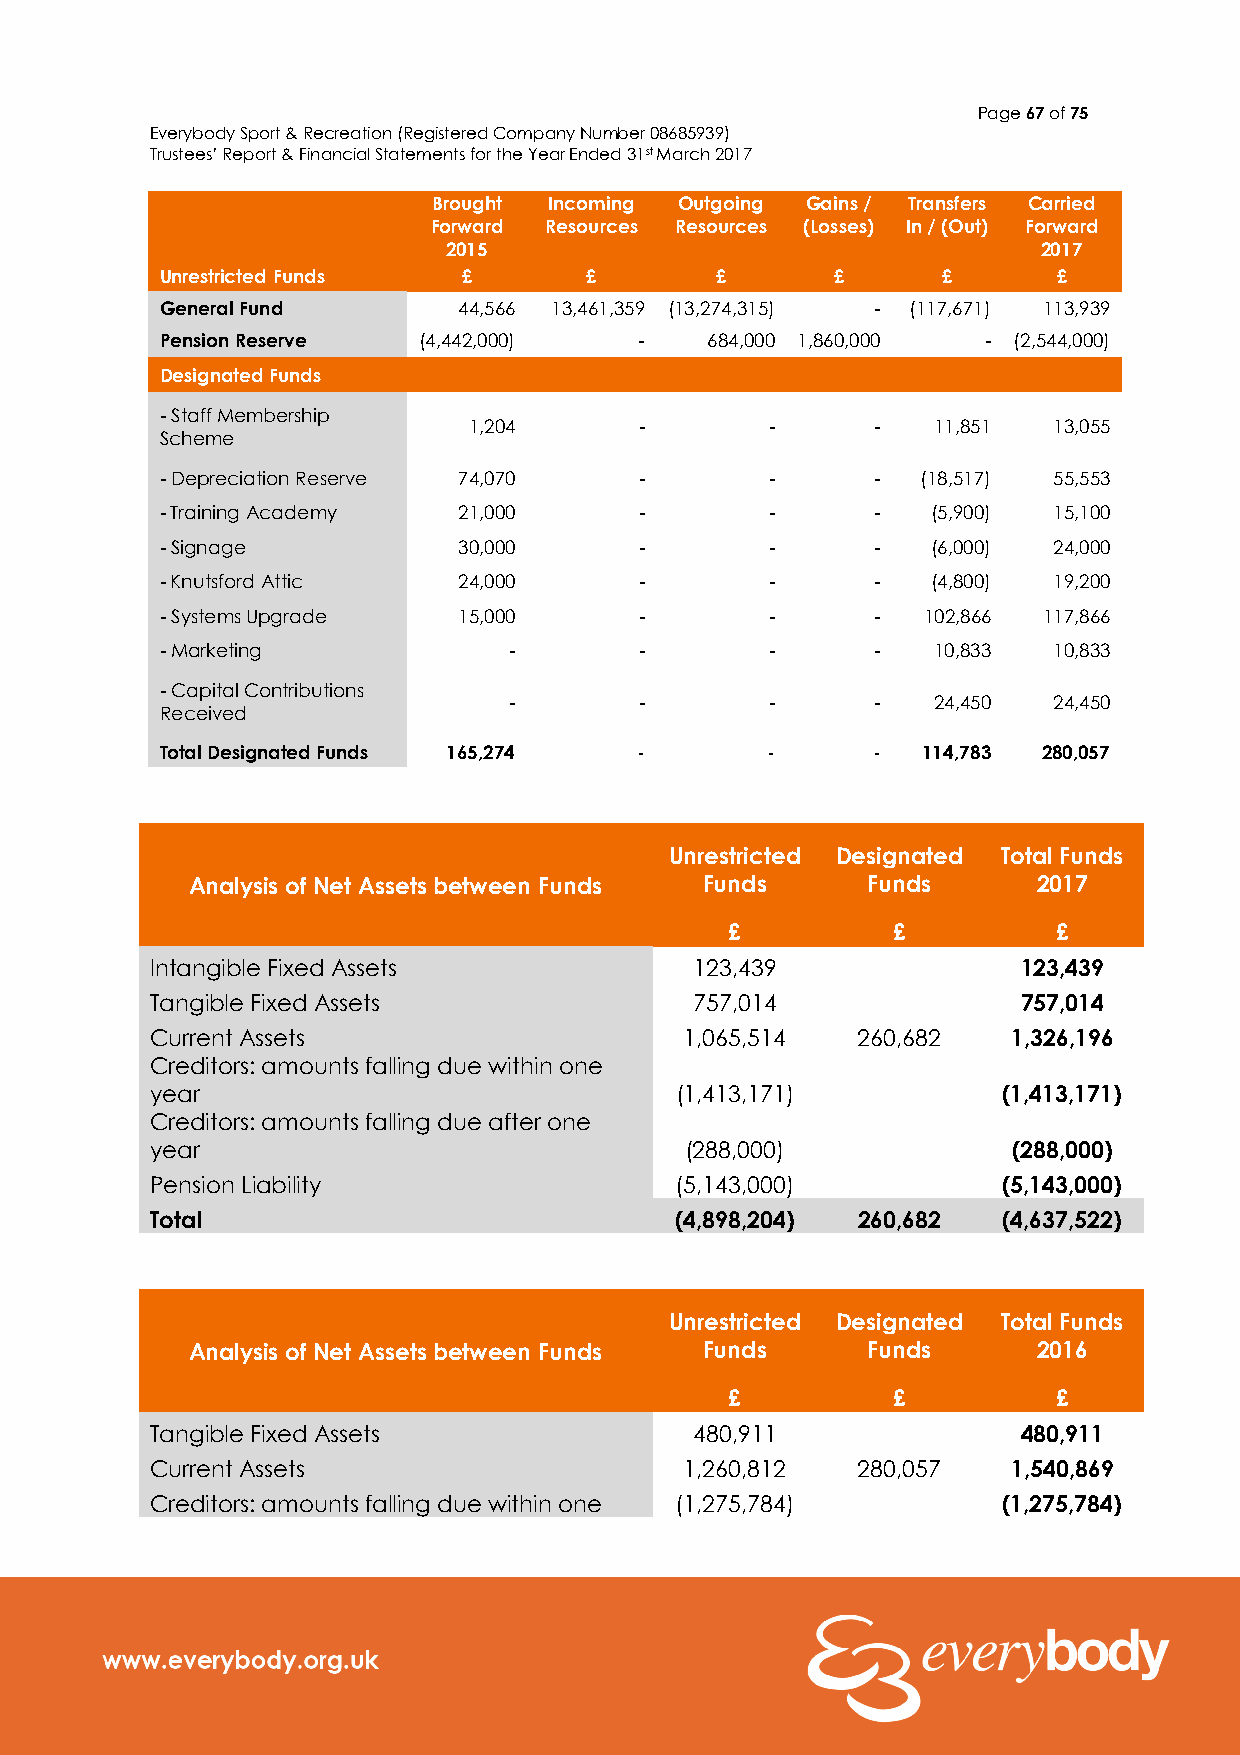
Page 67 of 75
 Everybody Sport & Recreation (Registered Company Number 08685939)
 Trustees’ Report & Financial Statements for the Year Ended 31st March 2017
 Brought Incoming Outgoing Gains / Transfers Carried
 Forward Resources Resources (Losses) In / (Out) Forward
 2015                                   2017
 Unrestricted Funds  £       £       £       £      £       £
 General Fund       44,566 13,461,359 (13,274,315) - (117,671) 113,939
 Pension Reserve  (4,442,000)   -    684,000 1,860,000 - (2,544,000)
 Designated Funds
 - Staff Membership
 1,204      -        -      -   11,851  13,055
 Scheme
 - Depreciation Reserve 74,070  -        -      -  (18,517) 55,553
 - Training Academy 21,000      -        -      -   (5,900) 15,100
 - Signage          30,000      -        -      -   (6,000) 24,000
 - Knutsford Attic  24,000      -        -      -   (4,800) 19,200
 - Systems Upgrade  15,000      -        -      -  102,866 117,866
 - Marketing            -       -        -      -   10,833  10,833
 - Capital Contributions
 -       -        -      -   24,450  24,450
 Received
 Total Designated Funds 165,274 -        -      -  114,783 280,057
 Unrestricted Designated Total Funds
 Analysis of Net Assets between Funds Funds  Funds       2017
 £          £          £
 Intangible Fixed Assets             123,439               123,439
 Tangible Fixed Assets               757,014               757,014
 Current Assets                     1,065,514   260,682   1,326,196
 Creditors: amounts falling due within one
 year                               (1,413,171)          (1,413,171)
 Creditors: amounts falling due after one
 year                               (288,000)             (288,000)
 Pension Liability                  (5,143,000)          (5,143,000)
 Total                              (4,898,204) 260,682  (4,637,522)
 Unrestricted Designated Total Funds
 Analysis of Net Assets between Funds Funds  Funds       2016
 £          £          £
 Tangible Fixed Assets               480,911               480,911
 Current Assets                     1,260,812   280,057   1,540,869
 Creditors: amounts falling due within one (1,275,784)   (1,275,784)